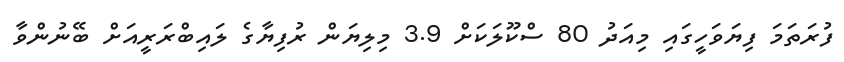
ފުރަތަމަ ފިޔަވަހީގައި މިއަދު 80 ސްކޫލަކަށް 3.9 މިލިޔަން ރުފިޔާގެ ލައިބްރަރީއަށް ބޭނުންވާ